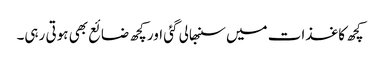
کچھ کاغذات میں سنبھالی گئی اور کچھ ضائع بھی ہوتی رہی۔